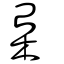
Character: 枲